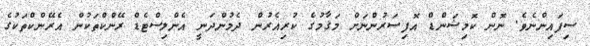
ސިފައިންނެވެ. ނޮން ކޮމިޝަންޑް އޮފިސަރުންނަށް މަޤާމުގެ ކުރިއެރުން ދެމުންދަނީ އެންލިސްޓެޑް ރޭންކްތަކުން އެރޭންކްތަކުގެ